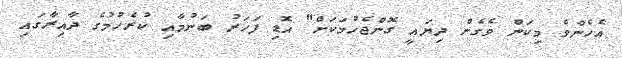
އެހެންވެ މިކަން ވެގެން ދިޔައީ ގޮންޖެހުމަކަށް" އޮޑި ފަހަރު ބަނުމާއި ކުރެހުމުގެ ދާއިރާގައި